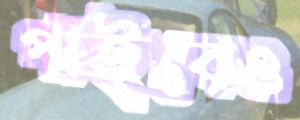
পাইবেও